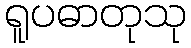
ရူပဓာတုသု